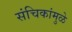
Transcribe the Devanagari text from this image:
संचिकांमुळे